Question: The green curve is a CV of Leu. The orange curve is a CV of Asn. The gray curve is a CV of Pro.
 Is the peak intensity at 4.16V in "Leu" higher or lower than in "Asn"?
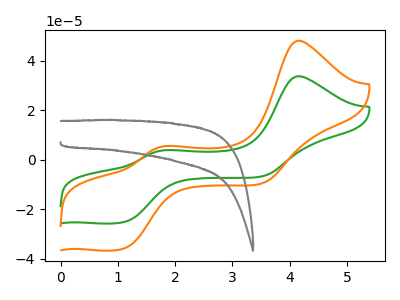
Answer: <think>The green curve "Leu" has anodic peaks at (4.15V, 33.80uA) (1.85V, 3.90uA) and cathodic peaks at (1.10V, -25.10uA) (3.50V, -6.65uA). The orange curve "Asn" has anodic peaks at (4.15V, 48.15uA) (1.85V, 5.55uA) and cathodic peaks at (1.10V, -35.75uA) (3.50V, -9.50uA). The gray curve "Pro" has no peaks.</think>
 <answer>The peak at 4.16V is lower in "Leu" than in "Asn".</answer>
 <eval>lower</eval>